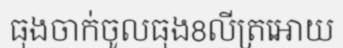
ធុងចាក់ចូលធុង8លីត្រអោយ